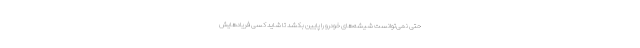
حتی نمی‌توانست شیشه‌های خودرو را پایین بکشد تا شاید کسی فریادهایش